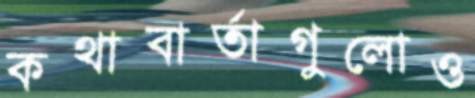
কথাবার্তাগুলোও